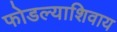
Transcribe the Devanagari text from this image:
फोडल्याशिवाय